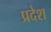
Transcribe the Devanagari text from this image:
प्रदेश